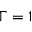
\Gamma = 1